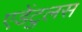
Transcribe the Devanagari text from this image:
एडेंटुलस